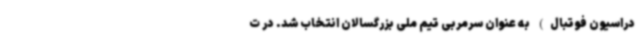
دراسیون فوتبال) به عنوان سرمربی تیم ملی بزرگسالان انتخاب شد. در ت